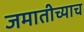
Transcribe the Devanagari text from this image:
जमातीच्याच